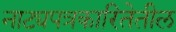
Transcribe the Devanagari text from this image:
नाट्यपत्रकारितेतील